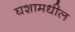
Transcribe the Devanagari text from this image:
घशामधील